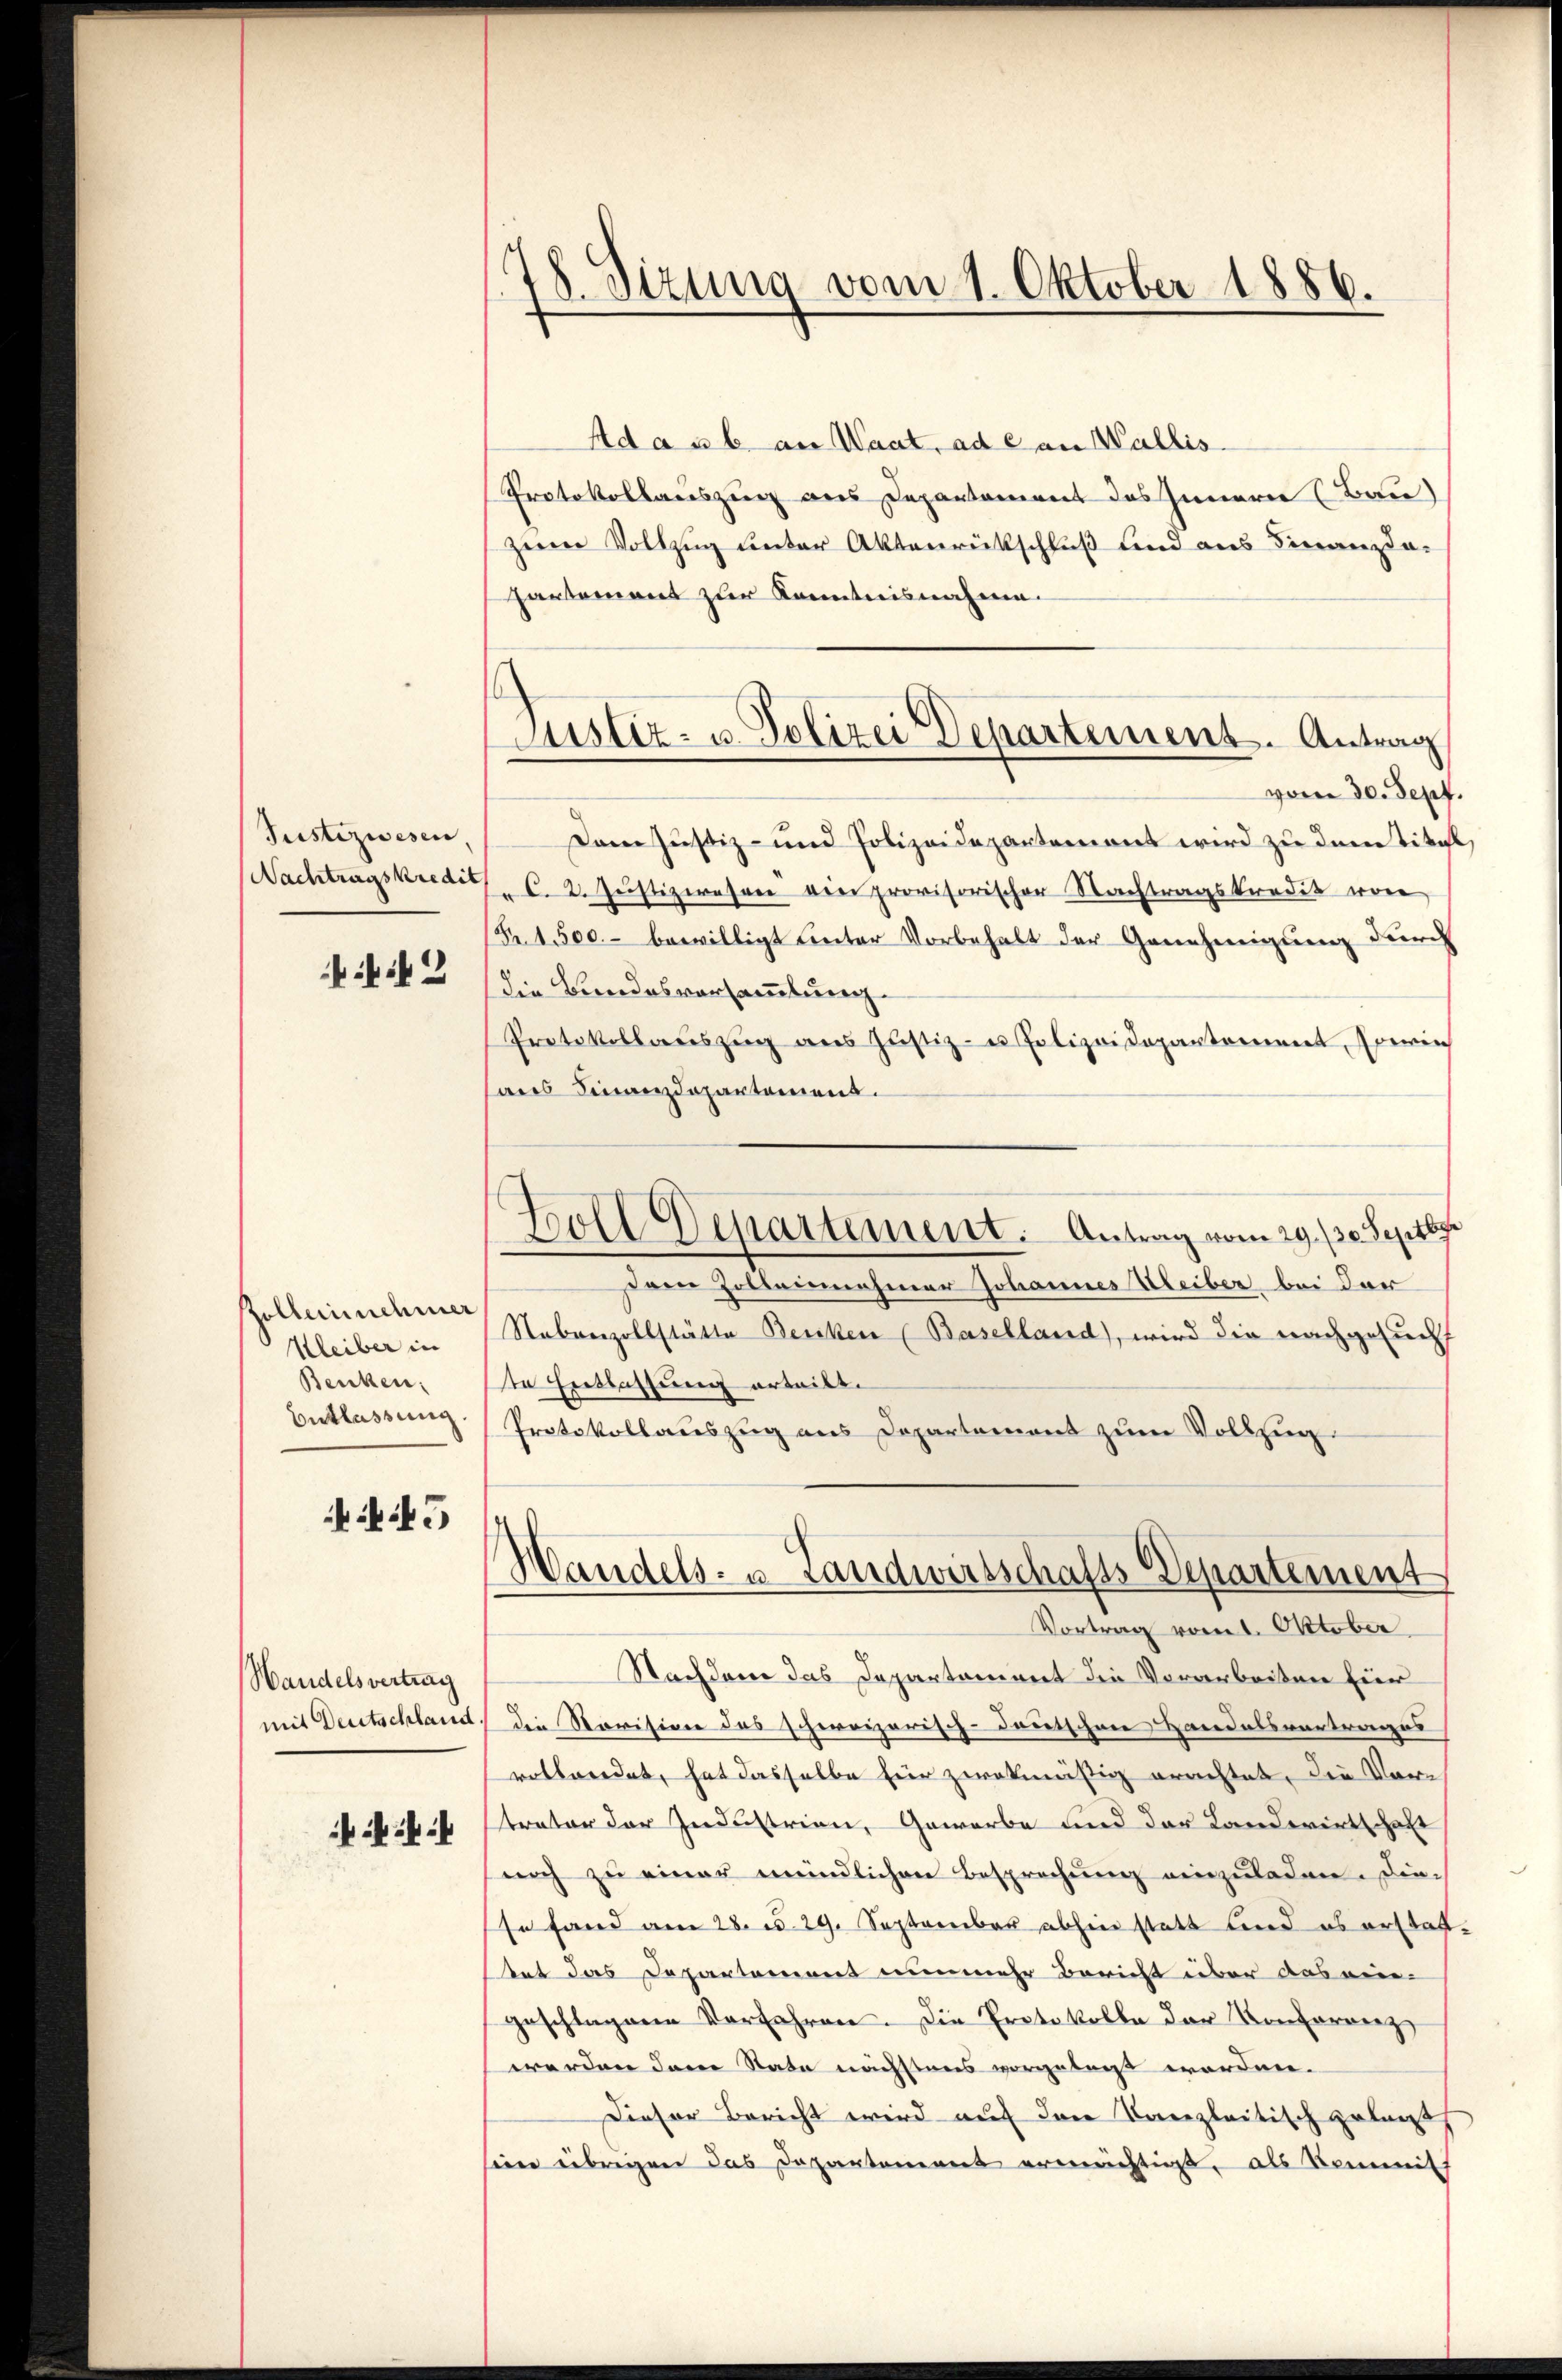
Justizwesen,

2

Zollerinnehmer
Heiber in
Benken:
Entlassung.

45

Handelsvertrag

278. Sizung vom 1. Oktober 1886.

Ada u. b. an Waat, ad ean Wallis
Protokollauszug aus Departement das Innern (Bau)
zum Vollzug unter Aktenrückschluß und aus Finanzda-
Partement zur Kenntnisnahme
vom 30. Sept.
dam Justiz- und Polizeidepartement wird zu dem Titel,
Nachtragskredit C. 2. Justizwesen ein provisorischer Nachtragskredit von
(S. 1500.- bewilligt unter Vorbehalt der Genehmigung durch
die Bundesversammlung.
Protokollaŭszŭg ans Justiz- u Polizeidepartement, so reich
sans Finanzdepartement.
Boll Departement. Antrag vom 29./30. Septbr
Dem Zolleinehmer Johannes Heiber bei der
Nebenzollstätte Besiken (Baselland, wird die nachgesucht
te Entlassung erteilt.
Protokollauszug aus Departement zum Vollzug.

Justiz- u. Polizei Departement. Antrag

Handels- u. Landwirtschafts-Departement

Vortrag vom 1. Oktober
Nachdem das Departament die Vorarbeiten hier
mit Deutschland, die Revision das schweizerisch-deutschene Handelsvertrages
rottwerdet, hat dasselbe für zwekmäßig erachtet, die Vertreter der Industrien, Gewerbe und der Landwirtschaft
noch zu einer mündlichen Besprechung einzuladen. Diese fand am 28. d. 29. September abhin statt und es erstattet das Departement nunmehr Bericht über das ein-
geschlagene Verfahren. Die Protokolle der Konferrenz
werden dann State nächstens vorgelegt worden.
Dieser Bericht wird auf den Kanzleitisch gelagt
sien übrigen das Departement erweichtigt, als Kommitt